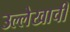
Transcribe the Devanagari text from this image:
उल्लेखाची